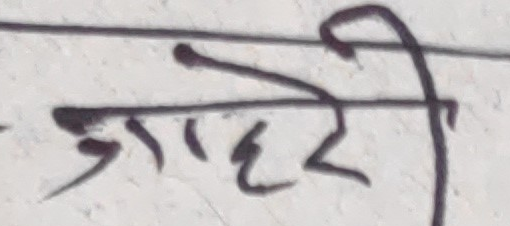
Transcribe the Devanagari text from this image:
ज्याही